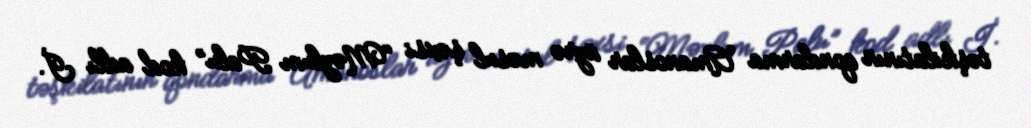
təşkilatının qondarma Amanoslar üzrə məsul şəxsi “Məzlum Palu” kod adlı İ.